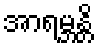
အာရမ္ဘန္တိ